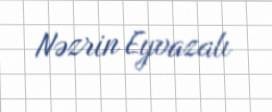
Nəzrin Eyvazalı